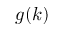
g ( k )